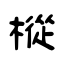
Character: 樅